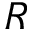
R